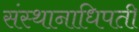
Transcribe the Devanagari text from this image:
संस्थानाधिपती